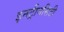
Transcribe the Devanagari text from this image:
इनट्रीनसिटी